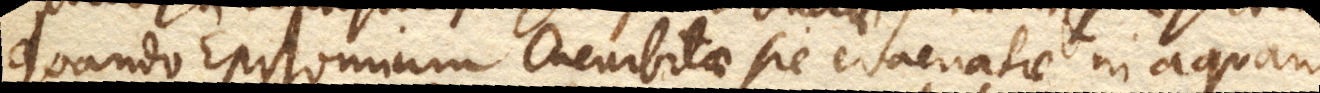
quando Epistomium Cucurbitae sic evacuatae in aquam